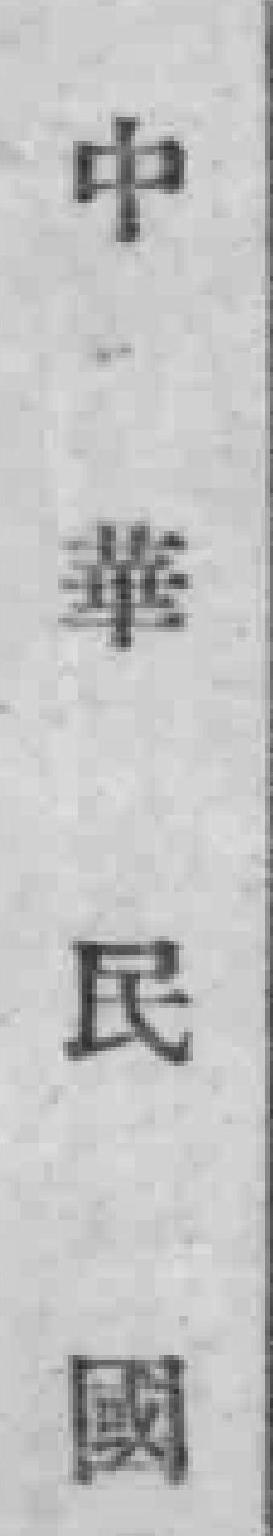
中華民國